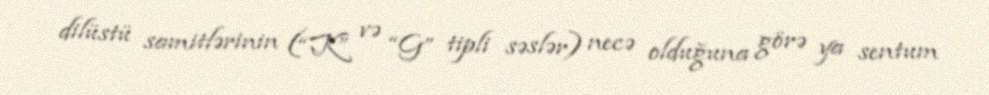
dilüstü samitlərinin (“K” və “G” tipli səslər) necə olduğuna görə ya sentum